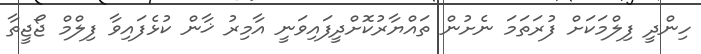
ހިންދީ ފިލްމަކަށް ފުރަތަމަ ނެށުން ތައްޔާރުކޮށްދީފައިވަނީ އާމިރު ޚާން ކުޅެފައިވާ ފިލްމް ޖޯޖީތާ